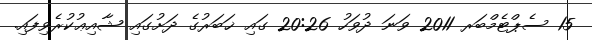
15 ސެޕްޓެމްބަރ 2011 ވަނަ ދުވަހު 20:26 ގައި ޚަބަރުގެ ދަށުގައި ޝާއިޢުކުރެވިފައި.